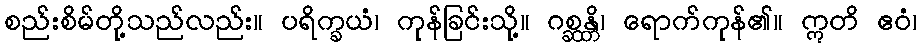
စည်းစိမ်တို့သည်လည်း။ ပရိက္ခယံ၊ ကုန်ခြင်းသို့။ ဂစ္ဆန္တိ၊ ရောက်ကုန်၏။ ဣတိ ဧဝံ၊